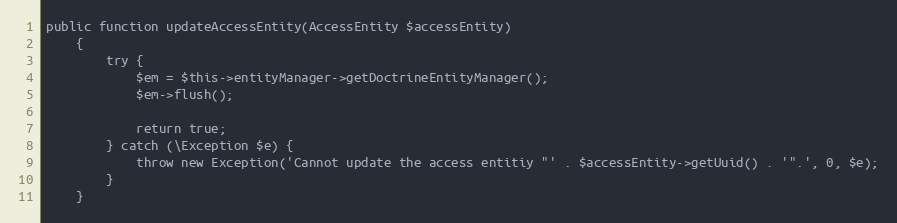
Language: PHP
public function updateAccessEntity(AccessEntity $accessEntity)
    {
        try {
            $em = $this->entityManager->getDoctrineEntityManager();
            $em->flush();

            return true;
        } catch (\Exception $e) {
            throw new Exception('Cannot update the access entitiy "' . $accessEntity->getUuid() . '".', 0, $e);
        }
    }